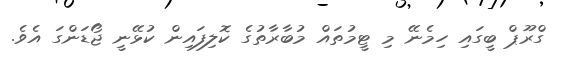
ގްރޫޕް ބީގައި ހިމެނޭ މި ޓީމުތައް މުބާރާތުގެ ކޮލިފައިން ކުޅޭނީ ޖޯޑަންގަ އެވެ.